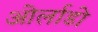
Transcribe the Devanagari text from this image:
ओर्लाडो